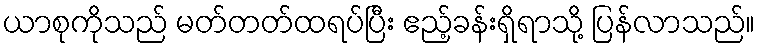
ယာစုကိုသည် မတ်တတ်ထရပ်ပြီး ဧည့်ခန်းရှိရာသို့ ပြန်လာသည်။